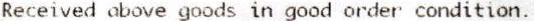
RECEIVED ABOVE GOODS IN GOOD ORDER CONDITION.